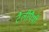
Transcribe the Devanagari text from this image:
टैलीपैथी